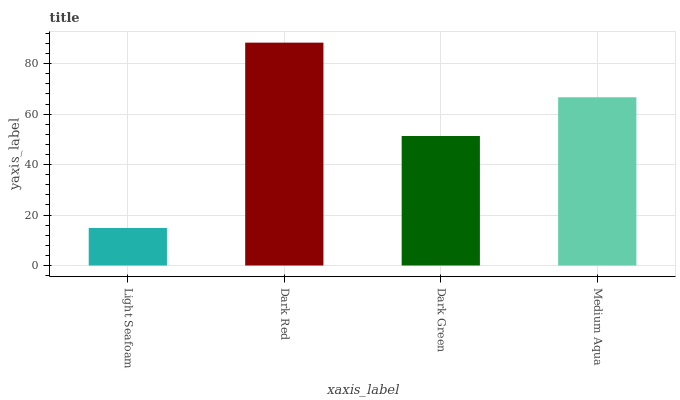
| xaxis_label | bars |
 | --- | --- |
 | Light Seafoam | 14.9 |
 | Dark Red | 88.3 |
 | Dark Green | 51.3 |
 | Medium Aqua | 66.7 |